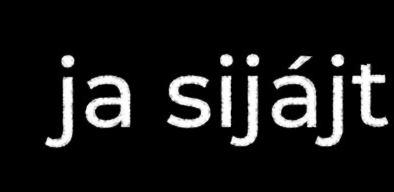
ja sijájt